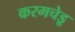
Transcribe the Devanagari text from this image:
करमचेडू